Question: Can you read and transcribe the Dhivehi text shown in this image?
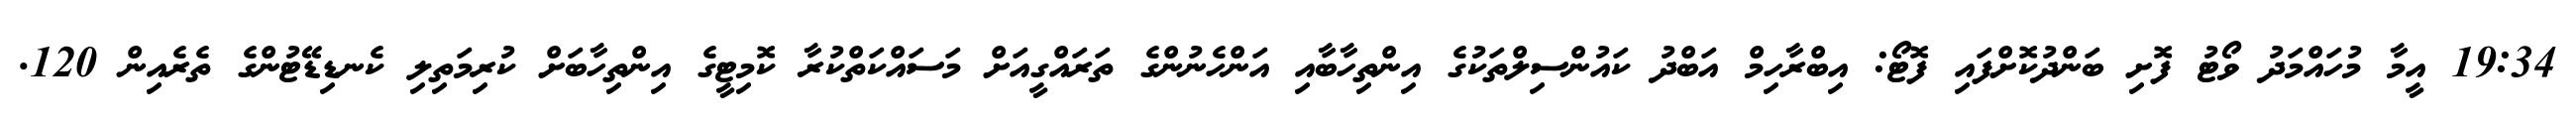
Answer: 19:34 އީމާ މުހައްމަދު ވޯޓު ފޮށި ބަންދުކޮށްފައި ފޮޓޯ: އިބްރާހިމް އަބްދު ކައުންސިލްތަކުގެ އިންތިހާބާއި އަންހެނުންގެ ތަރައްގީއަށް މަސައްކަތްކުރާ ކޮމިޓީގެ އިންތިހާބަށް ކުރިމަތިލި ކެނޑިޑޭޓުންގެ ތެރެއިން 120.